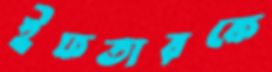
ইফতারকে